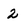
Character: 2